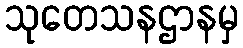
သုတေသနဌာနမှ